Veterinary [1916] -
Year: 1916
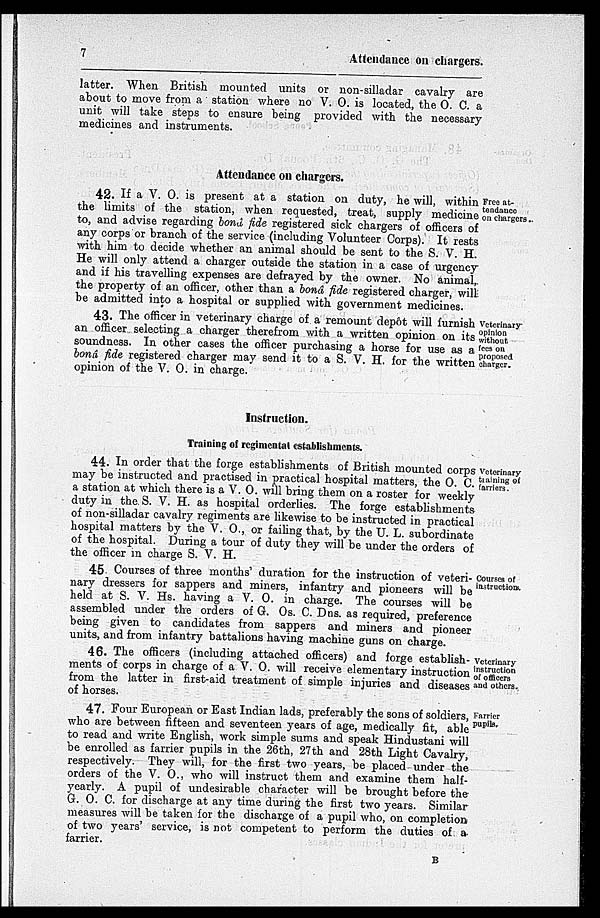
7
Attendance on chargers.
latter. When British mounted units or non-silladar cavalry are
about to move from a station where no V. O. is located, the O. C. a
unit will take steps to ensure being provided with the necessary
medicines and instruments.
Attendance on chargers.
Free at-
tendance
on chargers.
42. If a V. O. is present at a station on duty, he will, within
the limits of the station, when requested, treat, supply medicine
to, and advise regarding bonâ fide registered sick chargers of officers of
any corps or branch of the service (including Volunteer Corps). It rests
with him to decide whether an animal should be sent to the S. V. H.
He will only attend a charger outside the station in a case of urgency
and if his travelling expenses are defrayed by the owner. No animal,
the property of an officer, other than a bonâ fide registered charger, will
be admitted into a hospital or supplied with government medicines.
Veterinary
opinion
without
fees on
proposed
charger.
43. The officer in veterinary charge of a remount depôt will furnish
an officer selecting a charger therefrom with a written opinion on its
soundness. In other cases the officer purchasing a horse for use as a
bonâ fide registered charger may send it to a S. V. H. for the written
opinion of the V. O. in charge.
Instruction.
Training of regimental establishments.
Veterinary
training of
farriers.
44. In order that the forge establishments of British mounted corps
may be instructed and practised in practical hospital matters, the O. C.
a station at which there is a V. O. will bring them on a roster for weekly
duty in the. S. V. H. as hospital orderlies. The forge establishments
of non-silladar cavalry regiments are likewise to be instructed in practical
hospital matters by the V. O., or failing that, by the U. L. subordinate
of the hospital. During a tour of duty they will be under the orders of
the officer in charge S. V. H.
Courses of
instructions.
45 Courses of three months' duration for the instruction of veteri-
nary dressers for sappers and miners, infantry and pioneers will be
held at S. V. Hs. having a V. O. in charge. The courses will be
assembled under the orders of G. Os. C. Dns. as required, preference
being given to candidates from sappers and miners and pioneer
units, and from infantry battalions having machine guns on charge.
Veterinary
instruction
of officers
and others.
46. The officers (including attached officers) and forge establish-
ments of corps in charge of a V. O. will receive elementary instruction
from the latter in first-aid treatment of simple injuries and diseases
of horses.
Farrier
pupils.
47. Four European or East Indian lads, preferably the sons of soldiers,
who are between fifteen and seventeen years of age, medically fit, able
to read and write English, work simple sums and speak Hindustani will
be enrolled as farrier pupils in the 26th, 27th and 28th Light Cavalry,
respectively. They will, for the first two years, be placed under the
orders of the V. O., who will instruct them and examine them half-
yearly. A pupil of undesirable character will be brought before the
G. O. C. for discharge at any time during the first two years. Similar
measures will be taken for the discharge of a pupil who, on completion
of two years' service, is not competent to perform the duties of a
farrier.
B